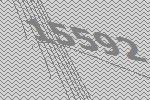
15592